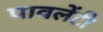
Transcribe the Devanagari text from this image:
पावलेंटी